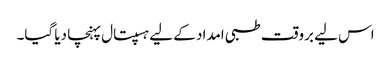
اس لیے بروقت طبی امداد کے لیے ہسپتال پہنچا دیا گیا۔